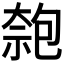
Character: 𠣼